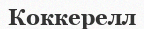
Коккерелл